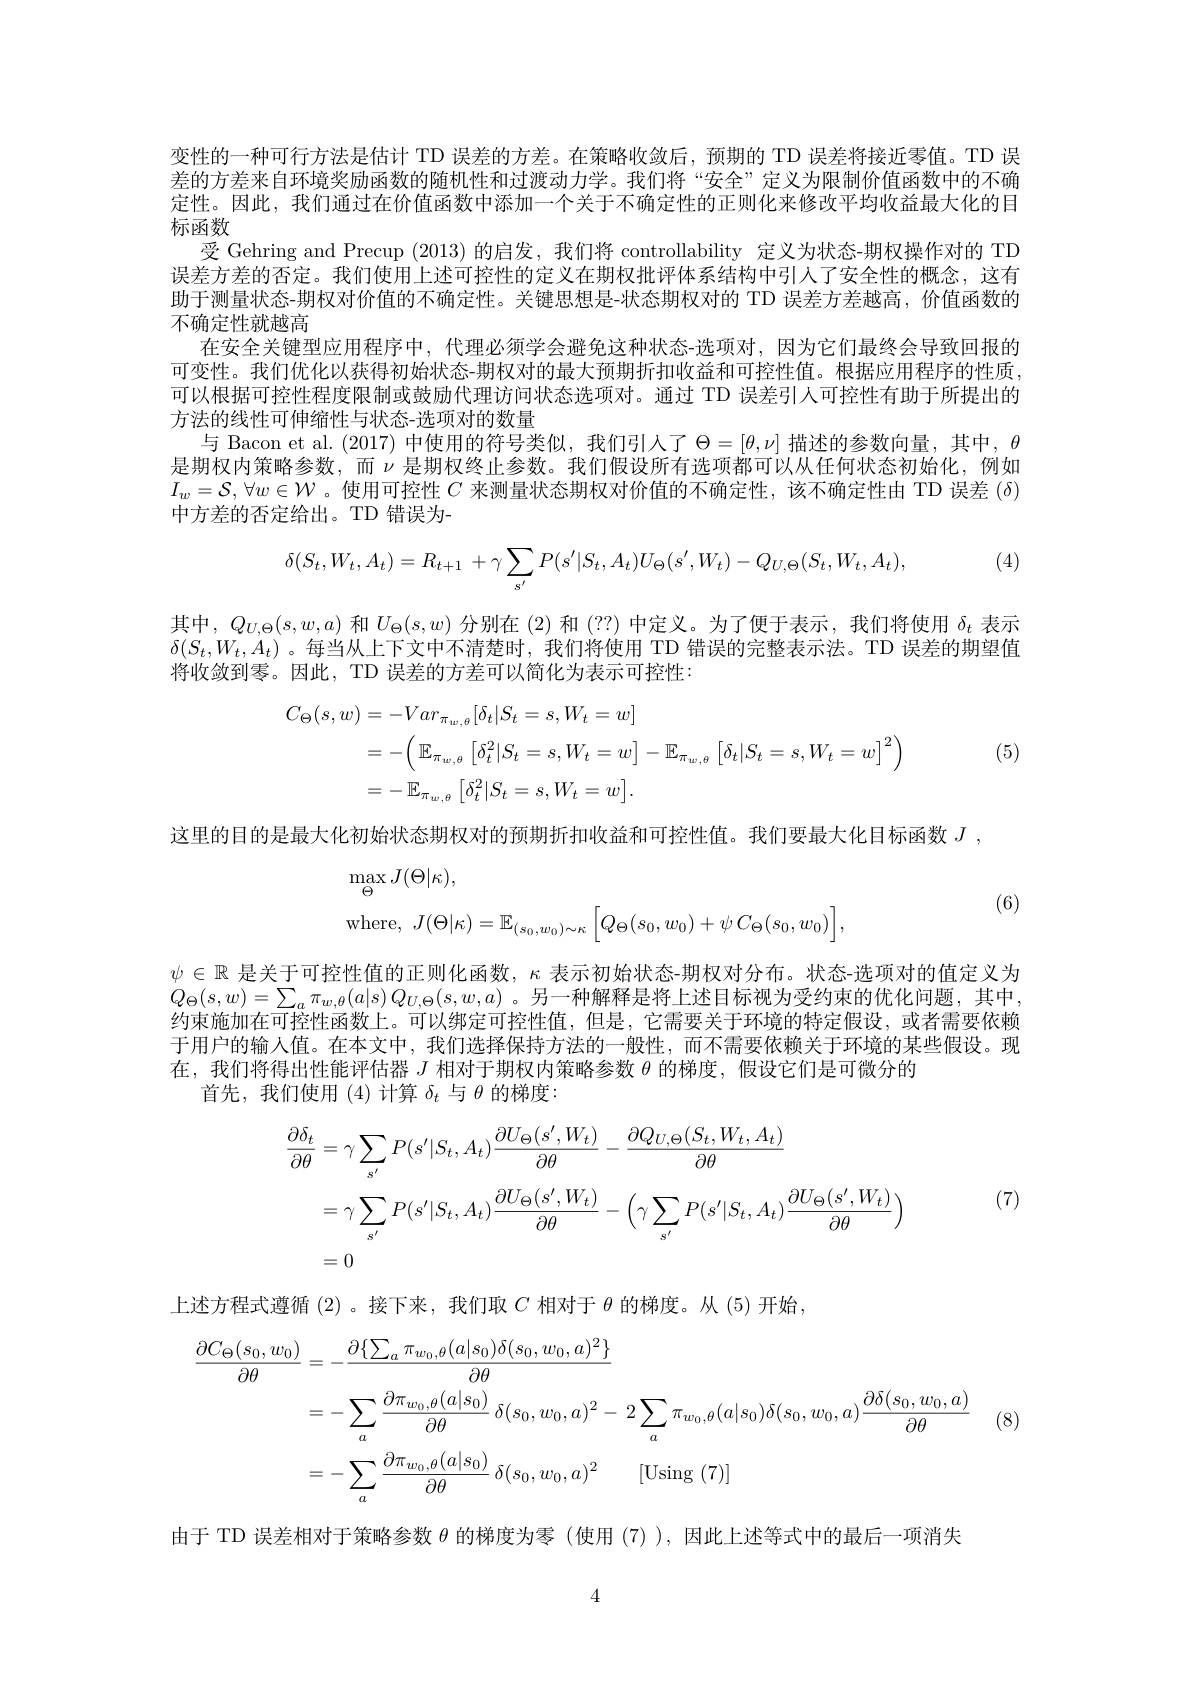
变性的一种可行方法是估计 TD 误差的方差。在策略收敛后，预期的 TD 误差将接近零值。TD 误差的方差来自环境奖励函数的随机性和过渡动力学。我们将“安全”定义为限制价值函数中的不确定性。因此，我们通过在价值函数中添加一个关于不确定性的正则化来修改平均收益最大化的目标函数
受 Gehring and Precup (2013) 的启发，我们将 controllability 定义为状态-期权操作对的 TD 误差方差的否定。我们使用上述可控性的定义在期权批评体系结构中引人了安全性的概念，这有助于测量状态-期权对价值的不确定性。关键思想是-状态期权对的 TD 误差方差越高，价值函数的不确定性就越高
在安全关键型应用程序中，代理必须学会避免这种状态-选项对，因为它们最终会导致回报的可变性。我们优化以获得初始状态-期权对的最大预期折扣收益和可控性值。根据应用程序的性质可以根据可控性程度限制或鼓励代理访问状态选项对。通过 TD 误差引人可控性有助于所提出的方法的线性可伸缩性与状态-选项对的数量
与 Bacon et al.(2017) 中使用的符号类似，我们引人了$\Theta=[\theta,\nu]$描述的参数向量，其中，$\theta$ 是期权内策略参数，而$\nu$是期权终止参数。我们假设所有选项都可以从任何状态初始化，例如$I_w=\mathcal{S},\forall w\in\mathcal{W}$。使用可控性$C$来测量状态期权对价值的不确定性，该不确定性由 TD 误差$(\delta)$ 中方差的否定给出。TD 错误为-

(4)
$$\delta(S_{t},W_{t},A_{t})=R_{t+1}\:+\gamma\sum_{s'}P(s'|S_{t},A_{t})U_{\Theta}(s',W_{t})-Q_{U,\Theta}(S_{t},W_{t},A_{t}),$$
其中，$Q_{U,\Theta}(s,w,a)$和$U_\Theta(s,w)$分别在 (2)和 (??) 中定义。为了便于表示，我们将使用$\delta_t$表示$\delta(S_t,W_t,A_t)$ 。每当从上下文中不清楚时，我们将使用 TD 错误的完整表示法。TD 误差的期望值将收敛到零。因此，TD 误差的方差可以简化为表示可控性：

(5)
$$\begin{aligned}C_{\Theta}(s,w)&=-Var_{\pi_{w,\theta}}[\delta_{t}|S_{t}=s,W_{t}=w]\\&=-\left(\mathbb{E}_{\pi_{w,\theta}}\left[\delta_{t}^{2}|S_{t}=s,W_{t}=w\right]-\mathbb{E}_{\pi_{w,\theta}}\left[\delta_{t}|S_{t}=s,W_{t}=w\right]^{2}\right)\\&=-\mathbb{E}_{\pi_{w,\theta}}\left[\delta_{t}^{2}|S_{t}=s,W_{t}=w\right].\end{aligned}$$
这里的目的是最大化初始状态期权对的预期折扣收益和可控性值。我们要最大化目标函数$J$ ,
$$\begin{aligned}&\max_{\Theta}J(\Theta|\kappa),\\&\mathrm{where},\:J(\Theta|\kappa)=\mathbb{E}_{(s_{0},w_{0})\sim\kappa}\left[Q_{\Theta}(s_{0},w_{0})+\psi\:C_{\Theta}(s_{0},w_{0})\right],\end{aligned}$$
(6)

$\psi\in\mathbb{R}$是关于可控性值的正则化函数，$\kappa$表示初始状态-期权对分布。状态-选项对的值定义为$Q_\Theta(s,w)=\sum_a\pi_{w,\theta}(a|s)Q_{U,\Theta}(s,w,a)$ 。另一种解释是将上述目标视为受约束的优化问题，其中约束施加在可控性函数上。可以绑定可控性值，但是，它需要关于环境的特定假设，或者需要依赖于用户的输人值。在本文中，我们选择保持方法的一般性，而不需要依赖关于环境的某些假设。现在，我们将得出性能评估器$J$相对于期权内策略参数$\theta$的梯度，假设它们是可微分的
首先，我们使用(4)计算$\delta_t$与$\theta$的梯度：
$$\begin{aligned}\frac{\partial\delta_{t}}{\partial\theta}&=\gamma\sum_{s^{\prime}}P(s^{\prime}|S_{t},A_{t})\frac{\partial U_{\Theta}(s^{\prime},W_{t})}{\partial\theta}-\frac{\partial Q_{U,\Theta}(S_{t},W_{t},A_{t})}{\partial\theta}\\&=\gamma\sum_{s^{\prime}}P(s^{\prime}|S_{t},A_{t})\frac{\partial U_{\Theta}(s^{\prime},W_{t})}{\partial\theta}-\left(\gamma\sum_{s^{\prime}}P(s^{\prime}|S_{t},A_{t})\frac{\partial U_{\Theta}(s^{\prime},W_{t})}{\partial\theta}\right)\\&=0\end{aligned}$$
(7)

(8)

上述方程式遵循 (2)。接下来，我们取$C$相对于$\theta$的梯度。从 (5)开始，
$$\begin{aligned}\frac{\partial C_{\Theta}(s_{0},w_{0})}{\partial\theta}&=-\frac{\partial\{\sum_{a}\pi_{w_{0},\theta}(a|s_{0})\delta(s_{0},w_{0},a)^{2}\}}{\partial\theta}\\&=-\sum_{a}\frac{\partial\pi_{w_{0},\theta}(a|s_{0})}{\partial\theta}\:\delta(s_{0},w_{0},a)^{2}-2\sum_{a}\pi_{w_{0},\theta}(a|s_{0})\delta(s_{0},w_{0},a)\frac{\partial\delta(s_{0},w_{0},a)}{\partial\theta}\\&=-\sum_{a}\frac{\partial\pi_{w_{0},\theta}(a|s_{0})}{\partial\theta}\:\delta(s_{0},w_{0},a)^{2}\quad[\mathrm{Using~}(7)]\end{aligned}$$
由于 TD 误差相对于策略参数$\theta$的梯度为零 (使用 (7)),因此上述等式中的最后一项消失

4